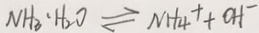
N H _ { 3 } \cdot H _ { 2 } O \rightleftharpoons N H _ { 4 } ^ { + } + O H ^ { - }